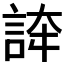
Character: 𧧳